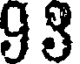
98